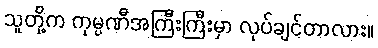
သူတို့က ကုမ္ပဏီအကြီးကြီးမှာ လုပ်ချင်တာလား။